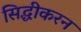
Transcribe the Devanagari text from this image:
सिद्धीकरन